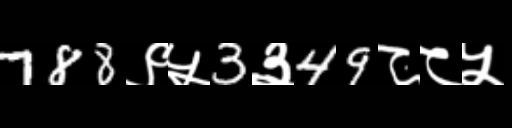
Text: 788९५3३49८८५